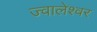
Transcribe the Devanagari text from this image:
ज्‍वालेश्‍वर